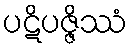
ပဋိပဇ္ဇိဿံ